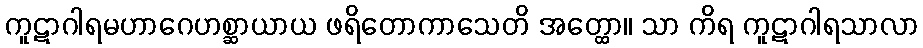
ကူဋာဂါရမဟာဂေဟစ္ဆာယာယ ဖရိတောကာသေတိ အတ္ထော။ သာ ကိရ ကူဋာဂါရသာလာ